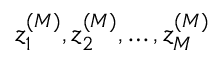
z _ { 1 } ^ { ( { \cal M } ) } , z _ { 2 } ^ { ( { \cal M } ) } , \dots , z _ { \cal M } ^ { ( { \cal M } ) }